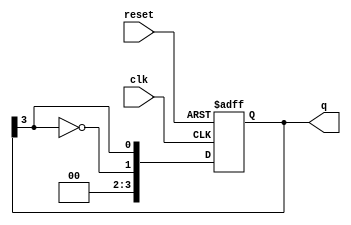
module johnson_counter #(parameter N = 4) (
    input wire clk,          // Clock input
    input wire reset,        // Asynchronous reset
    output reg [N-1:0] q     // Counter output
);

// Always block triggered on the rising edge of the clock or reset
always @(posedge clk or posedge reset) begin
    if (reset) begin
        q <= 0; // Initialize the counter to 0 on reset
    end else begin
        // Shift the counter and feedback the inverted last flip-flop output
        q <= {~q[N-1], q[N-1:N-1]}; // Shift and feedback
    end
end

endmodule